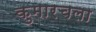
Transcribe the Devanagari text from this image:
कुमारचला